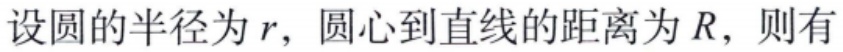
设圆的半径为 \(r\)，圆心到直线的距离为 \(R\)，则有